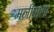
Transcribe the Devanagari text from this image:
मनीषाला